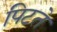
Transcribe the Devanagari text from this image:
पिटते